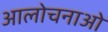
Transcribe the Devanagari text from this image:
आलोचनाओ